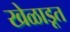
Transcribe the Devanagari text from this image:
खेळाडूत